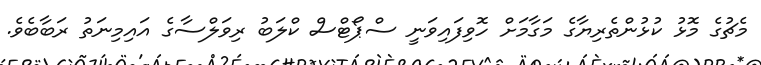
މެޗުގެ މޮޅު ކުޅުންތެރިޔާގެ މަގާމަށް ހޮވިފައިވަނީ ސްޕޯޓްސް ކްލަބު ރިވަލްސާގެ އައިމިނަތު ރަބާބެވެ.